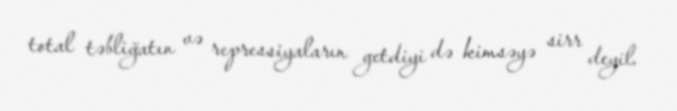
total təbliğatın və repressiyaların getdiyi də kimsəyə sirr deyil.